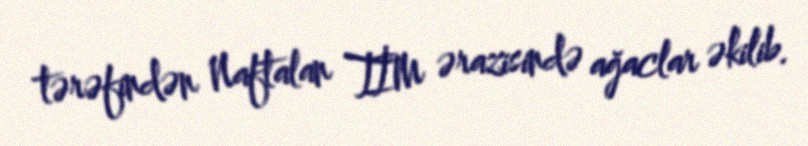
tərəfindən Naftalan TİM ərazisində ağaclar əkilib.